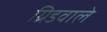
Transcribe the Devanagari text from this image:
ग्रिडवाले